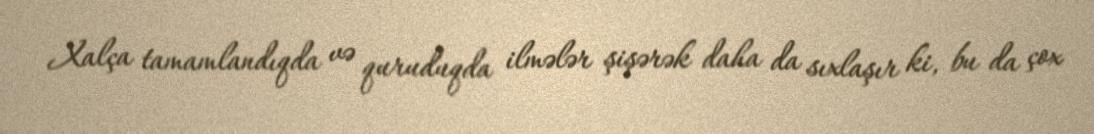
Xalça tamamlandıqda və quruduqda ilmələr şişərək daha da sıxlaşır ki, bu da çox